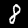
Digit: 8